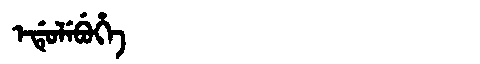
Manchu: ᡝᡩᡠᠯᡝᠪᡠᡥᡝ
Romanization: EDULEBUHE